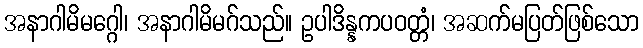
အနာဂါမိမဂ္ဂေါ၊ အနာဂါမိမဂ်သည်။ ဥပါဒိန္နကပဝတ္တံ၊ အဆက်မပြတ်ဖြစ်သော